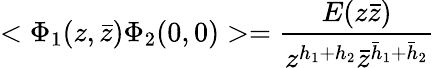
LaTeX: <\Phi_{1}(z,\bar{z})\Phi_{2}(0,0)>=\frac{E(z\bar{z})}{z^{h_{1}+h_{2}}\bar{z}^{\bar{h}_{1}+\bar{h}_{2}}}